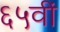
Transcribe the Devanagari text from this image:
६५वीं